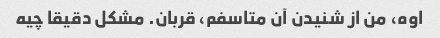
اوه، من از شنیدن آن متاسفم، قربان. مشکل دقیقا چیه